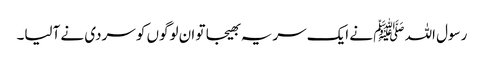
رسول اللہ ﷺ نے ایک سریہ بھیجا تو ان لوگوں کو سردی نے آلیا۔